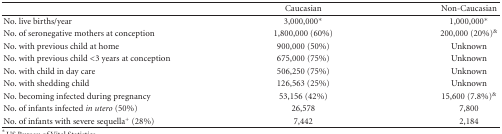
<table><thead><tr><td></td><td><b>Caucasian</b></td><td><b>Non-Caucasian</b></td></tr></thead><tbody><tr><td>No. live births/year</td><td>3,000,000*</td><td>1,000,000*</td></tr><tr><td>No. of seronegative mothers at conception</td><td>1,800,000 (60%)</td><td>200,000 (20%)<sup>&amp;</sup></td></tr><tr><td>No. with previous child at home</td><td>900,000 (50%)</td><td>Unknown</td></tr><tr><td>No. with previous child &lt;3 years at conception</td><td>675,000 (75%)</td><td>Unknown</td></tr><tr><td>No. with child in day care</td><td>506,250 (75%)</td><td>Unknown</td></tr><tr><td>No. with shedding child</td><td>126,563 (25%)</td><td>Unknown</td></tr><tr><td>No. becoming infected during pregnancy</td><td>53,156 (42%)</td><td>15,600 (7.8%)<sup>&amp;</sup></td></tr><tr><td>No. of infants infected <i>in utero</i> (50%)</td><td>26,578</td><td>7,800</td></tr><tr><td>No. of infants with severe sequella<sup>+</sup> (28%)</td><td>7,442</td><td>2,184</td></tr></tbody></table>